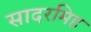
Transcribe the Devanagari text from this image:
सादरमिह